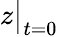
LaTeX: z\big|_{t=0}